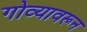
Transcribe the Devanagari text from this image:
गोव्यावरून